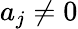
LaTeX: a_{j}\neq 0